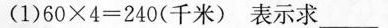
(1)$$6 0 \times 4 = 2 4 0$$(千米)表示求___